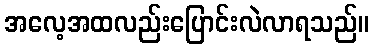
အလေ့အထလည်းပြောင်းလဲလာရသည်။